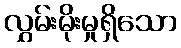
လွှမ်းမိုးမှုရှိသော